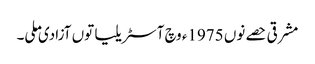
مشرقی حصے نوں 1975ء وچ آسٹریلیا توں آزادی ملی۔